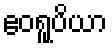
ဧဝရူပိယာ